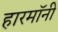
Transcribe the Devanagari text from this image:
हारमॉनी